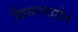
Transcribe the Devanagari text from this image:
बियरगार्डन